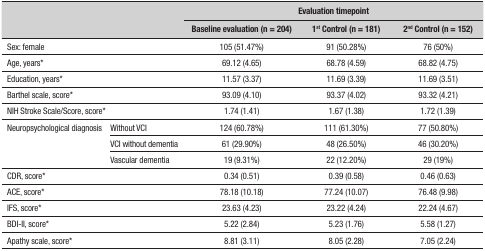
<table><thead><tr><td rowspan="2" colspan="2"><b> </b></td><td colspan="3"><b>Evaluation timepoint</b></td></tr><tr><td><b>Baseline evaluation (n = 204)</b></td><td><b>1<sup>st</sup> Control (n = 181)</b></td><td><b>2<sup>nd</sup> Control (n = 152)</b></td></tr></thead><tbody><tr><td>Sex: female</td><td> </td><td>105 (51.47%)</td><td>91 (50.28%)</td><td>76 (50%)</td></tr><tr><td>Age, years*</td><td> </td><td>69.12 (4.65)</td><td>68.78 (4.59)</td><td>68.82 (4.75)</td></tr><tr><td>Education, years*</td><td> </td><td>11.57 (3.37)</td><td>11.69 (3.39)</td><td>11.69 (3.51)</td></tr><tr><td>Barthel scale, score*</td><td> </td><td>93.09 (4.10)</td><td>93.37 (4.02)</td><td>93.32 (4.21)</td></tr><tr><td colspan="2">NIH Stroke Scale/Score, score*</td><td>1.74 (1.41)</td><td>1.67 (1.38)</td><td>1.72 (1.39)</td></tr><tr><td rowspan="3">Neuropsychological diagnosis</td><td>Without VCI</td><td>124 (60.78%)</td><td>111 (61.30%)</td><td>77 (50.80%)</td></tr><tr><td>VCI without dementia</td><td>61 (29.90%)</td><td>48 (26.50%)</td><td>46 (30.20%)</td></tr><tr><td>Vascular dementia</td><td>19 (9.31%)</td><td>22 (12.20%)</td><td>29 (19%)</td></tr><tr><td>CDR, score*</td><td> </td><td>0.34 (0.51)</td><td>0.39 (0.58)</td><td>0.46 (0.63)</td></tr><tr><td>ACE, score*</td><td> </td><td>78.18 (10.18)</td><td>77.24 (10.07)</td><td>76.48 (9.98)</td></tr><tr><td>IFS, score*</td><td> </td><td>23.63 (4.23)</td><td>23.22 (4.24)</td><td>22.24 (4.67)</td></tr><tr><td>BDI-II, score*</td><td> </td><td>5.22 (2.84)</td><td>5.23 (1.76)</td><td>5.58 (1.27)</td></tr><tr><td>Apathy scale, score*</td><td> </td><td>8.81 (3.11)</td><td>8.05 (2.28)</td><td>7.05 (2.24)</td></tr></tbody></table>